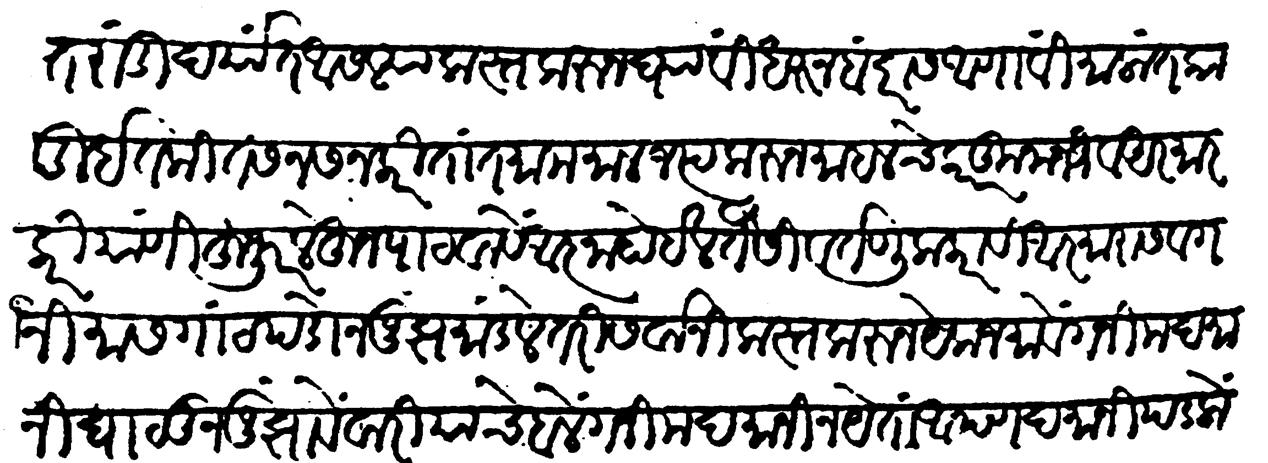
Transliteration (Devanagari): तरांडीं दर्यात असल्या कस्त करून घ्यावीं धरुन बंदरास आणावीं मालांत काडी इतकी तसनस न करिता तमाम माल जप्त करून माहलचे कारकूनानी व अरमारकरी याणी हुजूर येऊन लेहून पाठवावें आज्ञा होईल तैसी वर्तणूक करावी आरमारास व गनिमास गाठ पडोन जूझ मांडले तरी सर्वांनी कस्त करून येक जमावे गनीम दमानी घालून जुझावें वारीयाचे बळें गनीम दमानी न येतां आपण दमानी पडलो